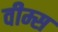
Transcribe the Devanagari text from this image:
वीम्स